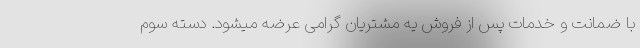
با ضمانت و خدمات پس از فروش یه مشتریان گرامی عرضه میشود. دسته سوم